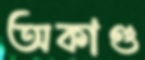
অকাণ্ড